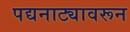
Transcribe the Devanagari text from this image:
पद्यनाट्यावरून